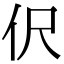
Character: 伬